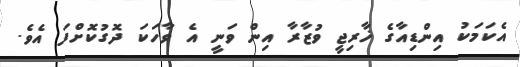
އެކަމަކު އިންޑިއާގެ ޚާރިޖީ ވުޒާރާ އިން ވަނީ އެ ވާހަކަ ދޮގުކޮށްފަ އެވެ.